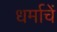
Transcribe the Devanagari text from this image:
धर्माचें